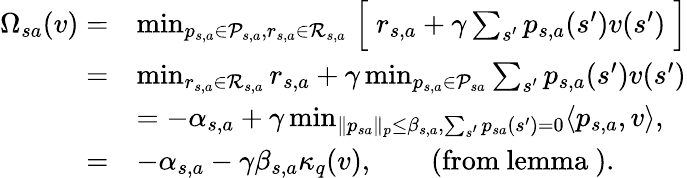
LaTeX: \begin{array}{rl}{\Omega_{sa}(v)=}&{\operatorname*{min}_{{p_{s,a}\in\mathcal{P}_{s,a}},r_{s,a}\in\mathcal{R}_{s,a}}\Bigm[r_{s,a}+\gamma\sum_{s^{\prime}}p_{s,a}(s^{\prime})v(s^{\prime})\Bigm]}\\ {=}&{\operatorname*{min}_{r_{s,a}\in\mathcal{R}_{s,a}}r_{s,a}+\gamma\operatorname*{min}_{{p_{s,a}\in\mathcal{P}_{sa}}}\sum_{s^{\prime}}p_{s,a}(s^{\prime})v(s^{\prime})}\\ &{=-\alpha_{s,a}+\gamma\operatorname*{min}_{\lVert p_{sa}\rVert_{p}\leq\beta_{s,a},\sum_{s^{\prime}}p_{sa}(s^{\prime})=0}\langle p_{s,a},v\rangle,}\\ {=}&{-\alpha_{s,a}-\gamma\beta_{s,a}\kappa_{q}(v),\qquad\mathrm{(from~lemma~).}}\end{array}